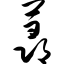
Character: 荨